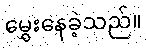
မွှေးနေခဲ့သည်။